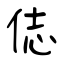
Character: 俧